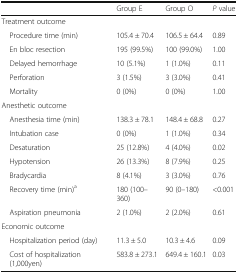
<table><thead><tr><td></td><td><b>Group E</b></td><td><b>Group O</b></td><td><b><i>P</i> value</b></td></tr></thead><tbody><tr><td colspan="4">Treatment outcome</td></tr><tr><td> Procedure time (min)</td><td>105.4 ± 70.4</td><td>106.5 ± 64.4</td><td>0.89</td></tr><tr><td> En bloc resection</td><td>195 (99.5%)</td><td>100 (99.0%)</td><td>1.00</td></tr><tr><td> Delayed hemorrhage</td><td>10 (5.1%)</td><td>1 (1.0%)</td><td>0.11</td></tr><tr><td> Perforation</td><td>3 (1.5%)</td><td>3 (3.0%)</td><td>0.41</td></tr><tr><td> Mortality</td><td>0 (0%)</td><td>0 (0%)</td><td>1.00</td></tr><tr><td colspan="4">Anesthetic outcome</td></tr><tr><td> Anesthesia time (min)</td><td>138.3 ± 78.1</td><td>148.4 ± 68.8</td><td>0.27</td></tr><tr><td> Intubation case</td><td>0 (0%)</td><td>1 (1.0%)</td><td>0.34</td></tr><tr><td> Desaturation</td><td>25 (12.8%)</td><td>4 (4.0%)</td><td>0.02</td></tr><tr><td> Hypotension</td><td>26 (13.3%)</td><td>8 (7.9%)</td><td>0.25</td></tr><tr><td> Bradycardia</td><td>8 (4.1%)</td><td>3 (3.0%)</td><td>0.76</td></tr><tr><td> Recovery time (min)<sup>a</sup></td><td>180 (100–360)</td><td>90 (0–180)</td><td>&lt;0.001</td></tr><tr><td> Aspiration pneumonia</td><td>2 (1.0%)</td><td>2 (2.0%)</td><td>0.61</td></tr><tr><td colspan="4">Economic outcome</td></tr><tr><td> Hospitalization period (day)</td><td>11.3 ± 5.0</td><td>10.3 ± 4.6</td><td>0.09</td></tr><tr><td> Cost of hospitalization (1,000yen)</td><td>583.8 ± 273.1</td><td>649.4 ± 160.1</td><td>0.03</td></tr></tbody></table>